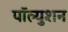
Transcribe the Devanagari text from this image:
पॉल्युशन